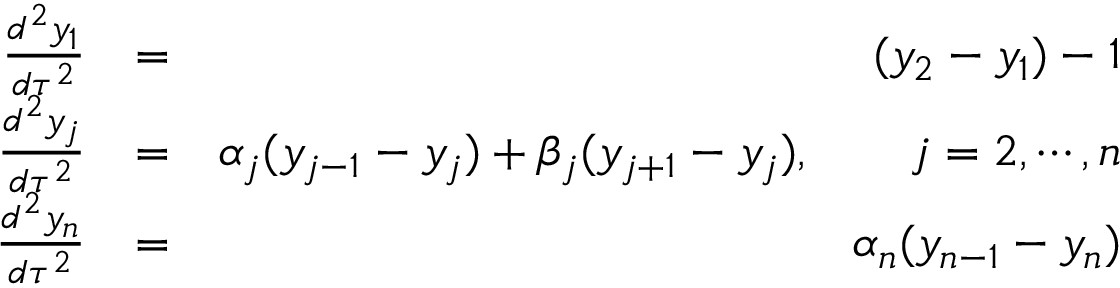
\begin{array} { r l r } { \frac { d ^ { 2 } y _ { 1 } } { d \tau ^ { 2 } } } & { = } & { ( y _ { 2 } - y _ { 1 } ) - 1 } \\ { \frac { d ^ { 2 } y _ { j } } { d \tau ^ { 2 } } } & { = } & { \alpha _ { j } ( y _ { j - 1 } - y _ { j } ) + \beta _ { j } ( y _ { j + 1 } - y _ { j } ) , \qquad j = 2 , \cdots , n } \\ { \frac { d ^ { 2 } y _ { n } } { d \tau ^ { 2 } } } & { = } & { \alpha _ { n } ( y _ { n - 1 } - y _ { n } ) } \end{array}